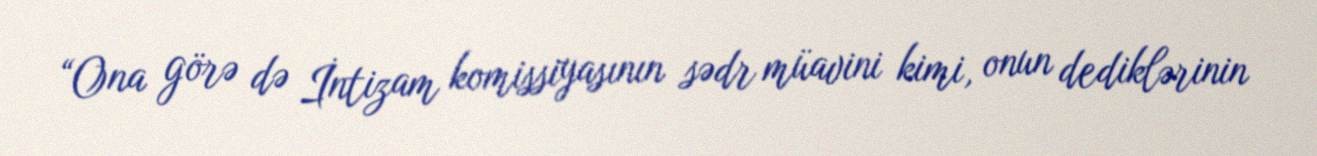
“Ona görə də İntizam komissiyasının sədr müavini kimi, onun dediklərinin